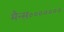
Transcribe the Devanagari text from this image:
मैन्स॰॰॰॰॰॰॰